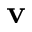
\mathbf { v }